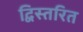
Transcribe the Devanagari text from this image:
द्विस्तरित